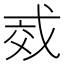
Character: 𫻱